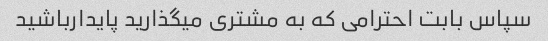
سپاس بابت احترامی که به مشتری میگذارید پایدارباشید